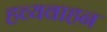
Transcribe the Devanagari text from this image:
हव्यवाहन